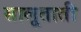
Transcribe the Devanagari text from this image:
सालूताती